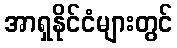
အာရှနိုင်ငံများတွင်